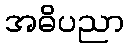
အဓိပညာ